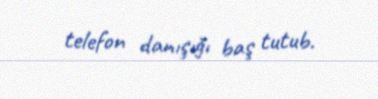
telefon danışığı baş tutub.